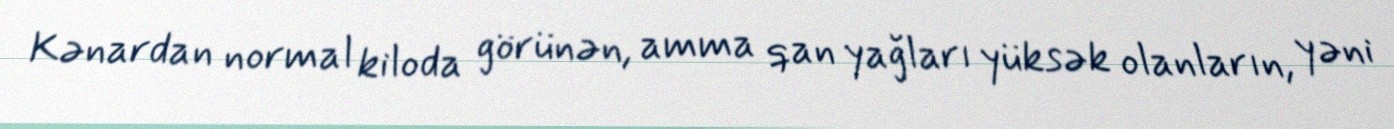
Kənardan normal kiloda görünən, amma qan yağları yüksək olanların, yəni